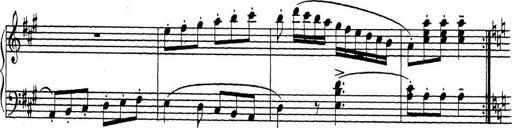
Title: ÄŒeskÃ© Sonatiny
Composer: Various